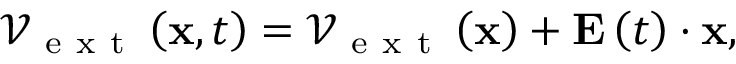
{ \mathcal { V } } _ { \mathrm { ~ e ~ x ~ t ~ } } \left( { \bf x } , t \right) = { \mathcal { V } } _ { \mathrm { ~ e ~ x ~ t ~ } } \left( { \bf x } \right) + { \bf E } \left( t \right) \cdot { \bf x } ,